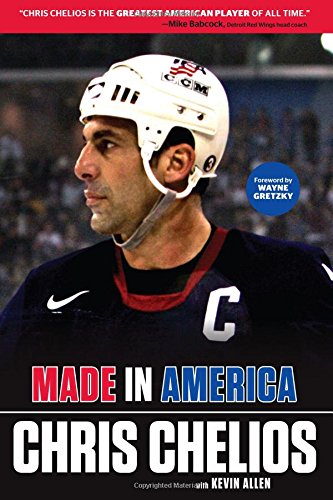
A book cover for Chris Chelios: Made in America; Chris Chelios; Biographies & Memoirs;